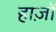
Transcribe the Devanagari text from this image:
हाज़ों